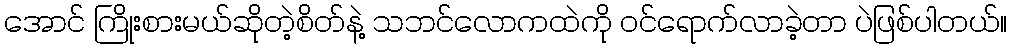
အောင် ကြိုးစားမယ်ဆိုတဲ့စိတ်နဲ့ သဘင်လောကထဲကို ဝင်ရောက်လာခဲ့တာ ပဲဖြစ်ပါတယ်။